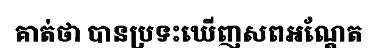
គាត់ថា បានប្រទះឃើញសពអណ្តែត